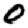
Digit: 0